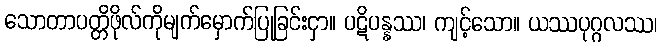
သောတာပတ္တိဖိုလ်ကိုမျက်မှောက်ပြုခြင်းငှာ။ ပဋိပန္နဿ၊ ကျင့်သော။ ယဿပုဂ္ဂလဿ၊